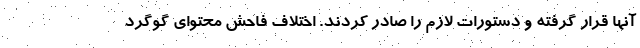
آنها قرار گرفته و دستورات لازم را صادر کردند. اختلاف فاحش محتوای گوگرد